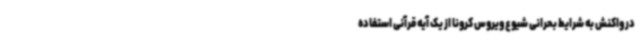
در واکنش به شرایط بحرانی شیوع ویروس کرونا از یک آیه قرآنی استفاده